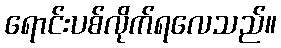
ရောင်းပစ်လိုက်ရလေသည်။